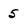
Character: 5